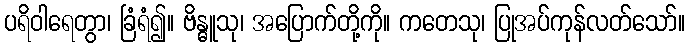
ပရိဝါရေတွာ၊ ခြံရံ၍။ ဗိန္ဓူသု၊ အပြောက်တို့ကို။ ကတေသု၊ ပြုအပ်ကုန်လတ်သော်။